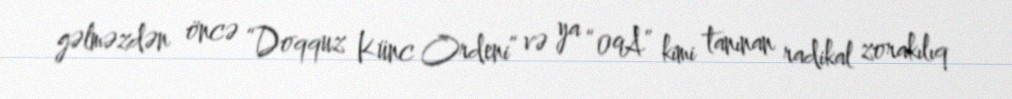
gəlməzdən öncə “Doqquz Künc Ordeni” və ya “09A” kimi tanınan radikal zorakılıq